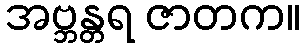
အဗ္ဘန္တရ ဇာတက။